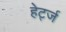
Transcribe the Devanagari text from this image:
हेर्ट्ज